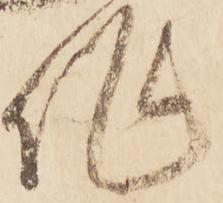
作